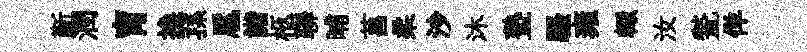
斳潤肓換蓀扈諧柩聯晡菖柔沙沐塾騷雍輙汝甃佯